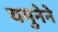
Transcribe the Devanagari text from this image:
यमुनेने